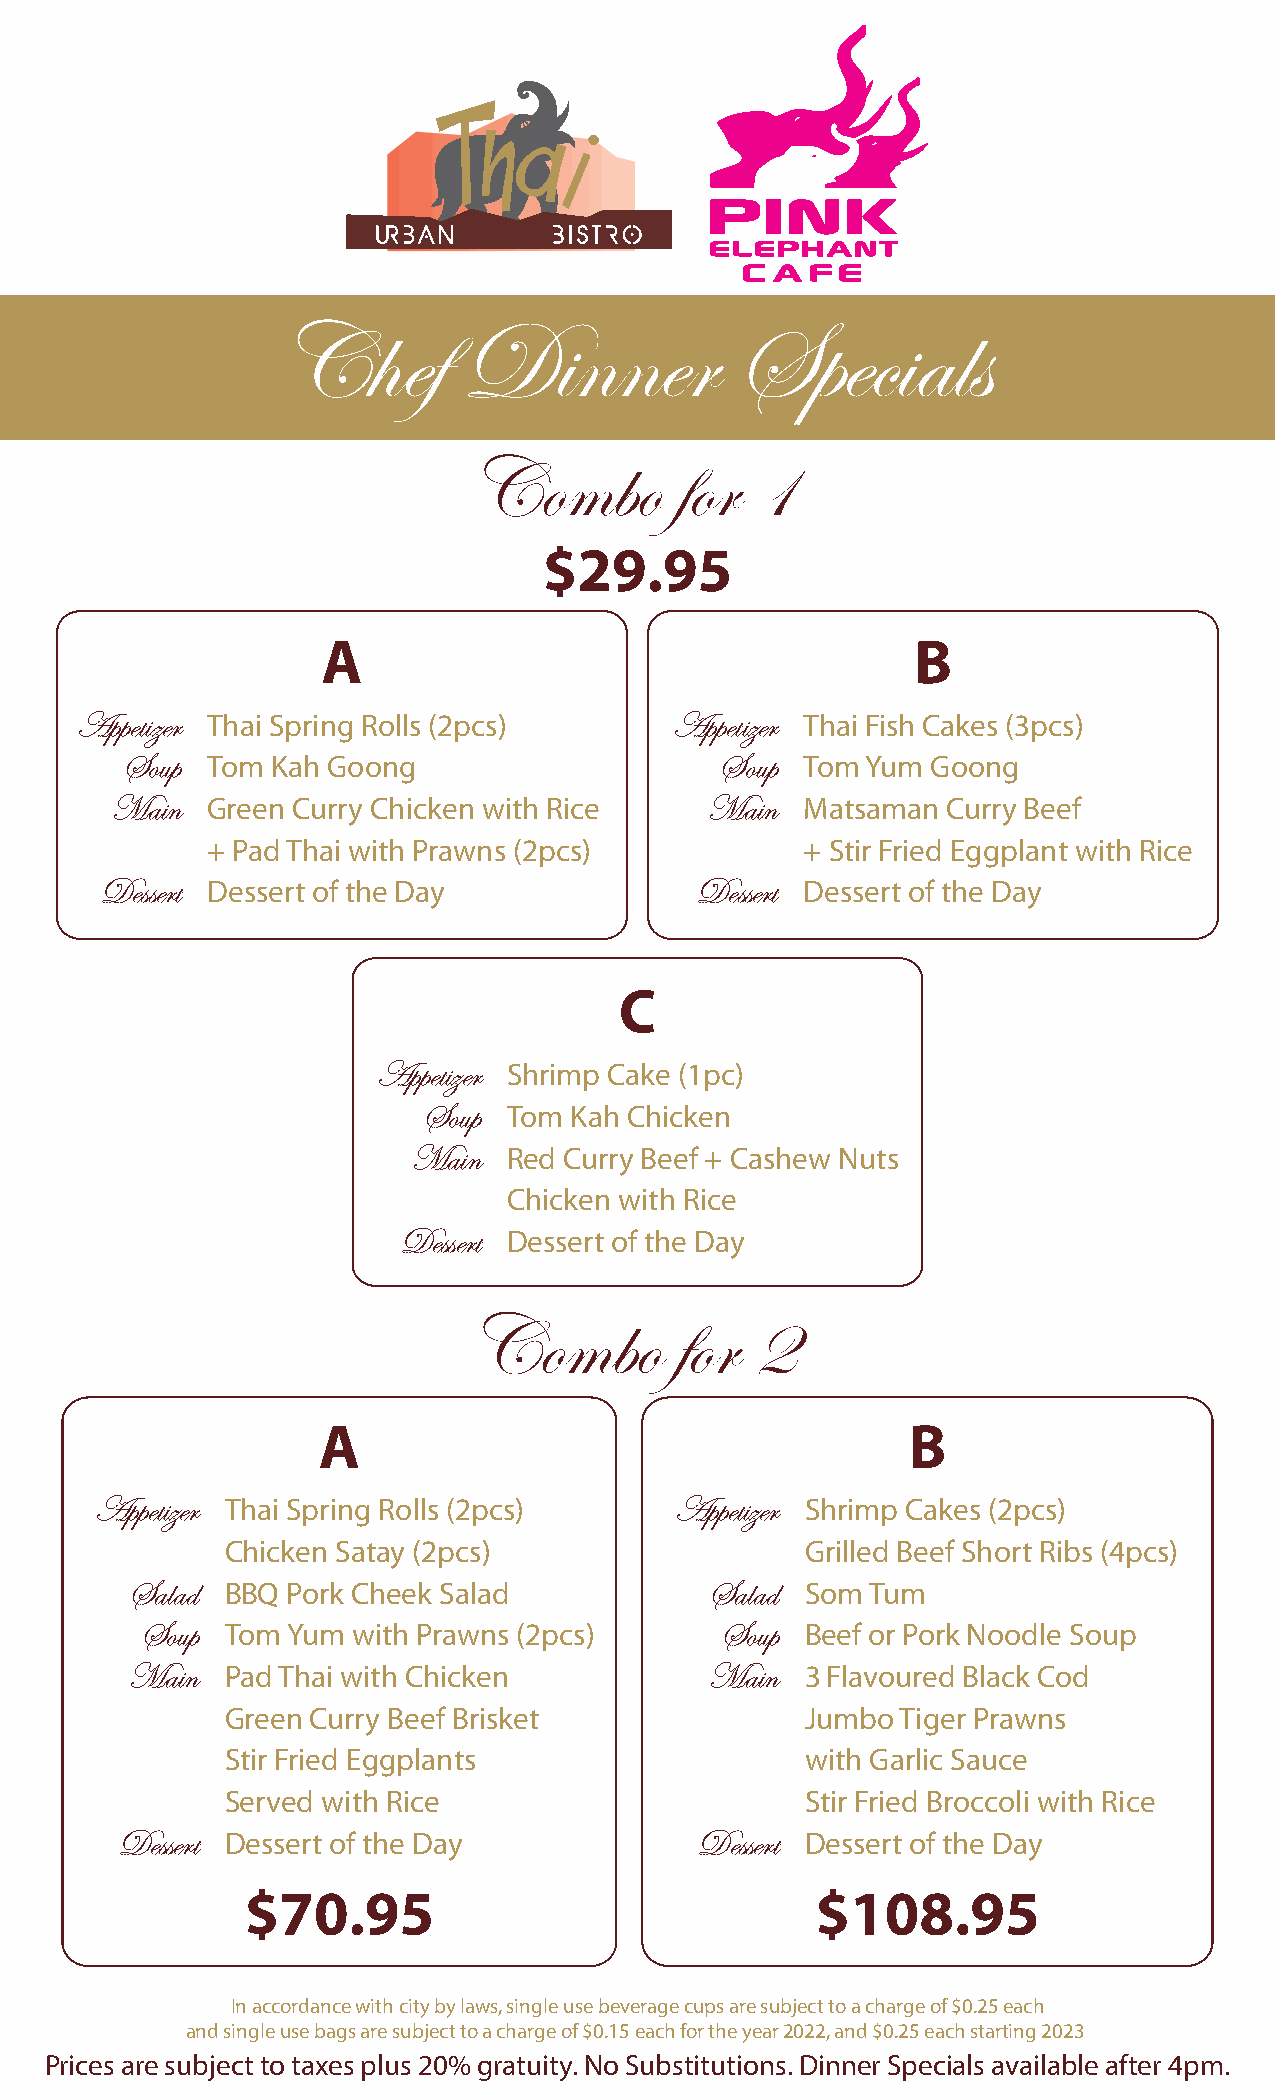
Chef         Dinner            Specials
 Combo         for  1
 $29.95
 A                                       B
 Appetizer Thai Spring Rolls (2pcs)      Appetizer Thai Fish Cakes (3pcs)
 Soup  Tom Kah Goong                     Soup Tom Yum  Goong
 Main   Green Curry Chicken with Rice    Main  Matsaman  Curry Beef
 + Pad Thai with Prawns (2pcs)          + Stir Fried Eggplant with Rice
 Dessert Dessert of the Day             Dessert Dessert of the Day
 C
 Appetizer Shrimp Cake (1pc)
 Soup  Tom Kah Chicken
 Main   Red Curry Beef + Cashew Nuts
 Chicken with Rice
 Dessert Dessert of the Day
 Combo         for  2
 A                                      B
 Appetizer Thai Spring Rolls (2pcs)     Appetizer Shrimp Cakes (2pcs)
 Chicken Satay (2pcs)                  Grilled Beef Short Ribs (4pcs)
 Salad  BBQ Pork Cheek Salad            Salad Som  Tum
 Soup  Tom Yum with Prawns (2pcs)       Soup Beef or Pork Noodle Soup
 Main   Pad Thai with Chicken           Main  3 Flavoured Black Cod
 Green Curry Beef Brisket              Jumbo  Tiger Prawns
 Stir Fried Eggplants                  with Garlic Sauce
 Served with Rice                      Stir Fried Broccoli with Rice
 Dessert Dessert of the Day            Dessert Dessert of the Day
 $70.95                                $108.95
 In accordance with city by laws, single use beverage cups are subject to a charge of $0.25 each
 and single use bags are subject to a charge of $0.15 each for the year 2022, and $0.25 each starting 2023
 Prices are subject to taxes plus 20% gratuity. No Substitutions. Dinner Specials available after 4pm.